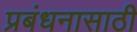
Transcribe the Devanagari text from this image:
प्रबंधनासाठी